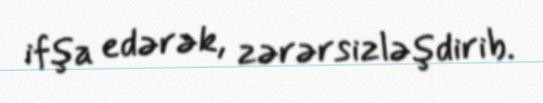
ifşa edərək, zərərsizləşdirib.